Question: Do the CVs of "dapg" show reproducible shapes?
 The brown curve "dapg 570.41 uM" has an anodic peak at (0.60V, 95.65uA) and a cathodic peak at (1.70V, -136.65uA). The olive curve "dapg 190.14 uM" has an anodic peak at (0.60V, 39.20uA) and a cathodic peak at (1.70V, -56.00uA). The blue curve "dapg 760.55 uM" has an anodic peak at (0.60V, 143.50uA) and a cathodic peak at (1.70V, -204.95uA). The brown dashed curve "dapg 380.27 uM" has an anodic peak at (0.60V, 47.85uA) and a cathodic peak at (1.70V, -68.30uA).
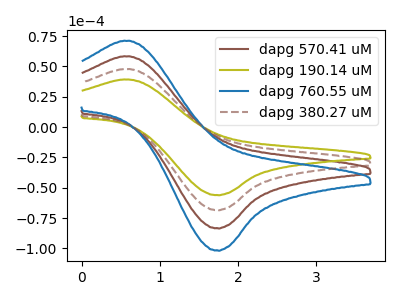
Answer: <think>All the peaks in "dapg 570.41 uM" have a peak in "dapg 190.14 uM" at the same potential. Every peak in "dapg 570.41 uM" is higher than every peak in "dapg 190.14 uM". All the peaks in "dapg 570.41 uM" have a peak in "dapg 760.55 uM" at the same potential. Every peak in "dapg 570.41 uM" is lower than every peak in "dapg 760.55 uM". All the peaks in "dapg 570.41 uM" have a peak in "dapg 380.27 uM" at the same potential. Every peak in "dapg 570.41 uM" is higher than every peak in "dapg 380.27 uM". All the peaks in "dapg 190.14 uM" have a peak in "dapg 760.55 uM" at the same potential. Every peak in "dapg 190.14 uM" is lower than every peak in "dapg 760.55 uM". All the peaks in "dapg 190.14 uM" have a peak in "dapg 380.27 uM" at the same potential. Every peak in "dapg 190.14 uM" is lower than every peak in "dapg 380.27 uM". All the peaks in "dapg 760.55 uM" have a peak in "dapg 380.27 uM" at the same potential. Every peak in "dapg 760.55 uM" is higher than every peak in "dapg 380.27 uM".
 </think>
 <answer>All the CV's of "dapg" have similar shape.</answer>
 <eval>follow_rule</eval>